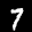
Label: 7